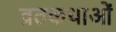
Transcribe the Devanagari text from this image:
व्रतकथाओं